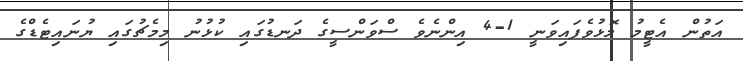
އަތުން އެޓީމު މޮޅުވެފައިވަނީ 1-4 އިންނެވެ ސްވަންސީގެ ދަނޑުގައި ކުޅުނު މިމެޗުގައި ޔުނައިޓެޑްގެ